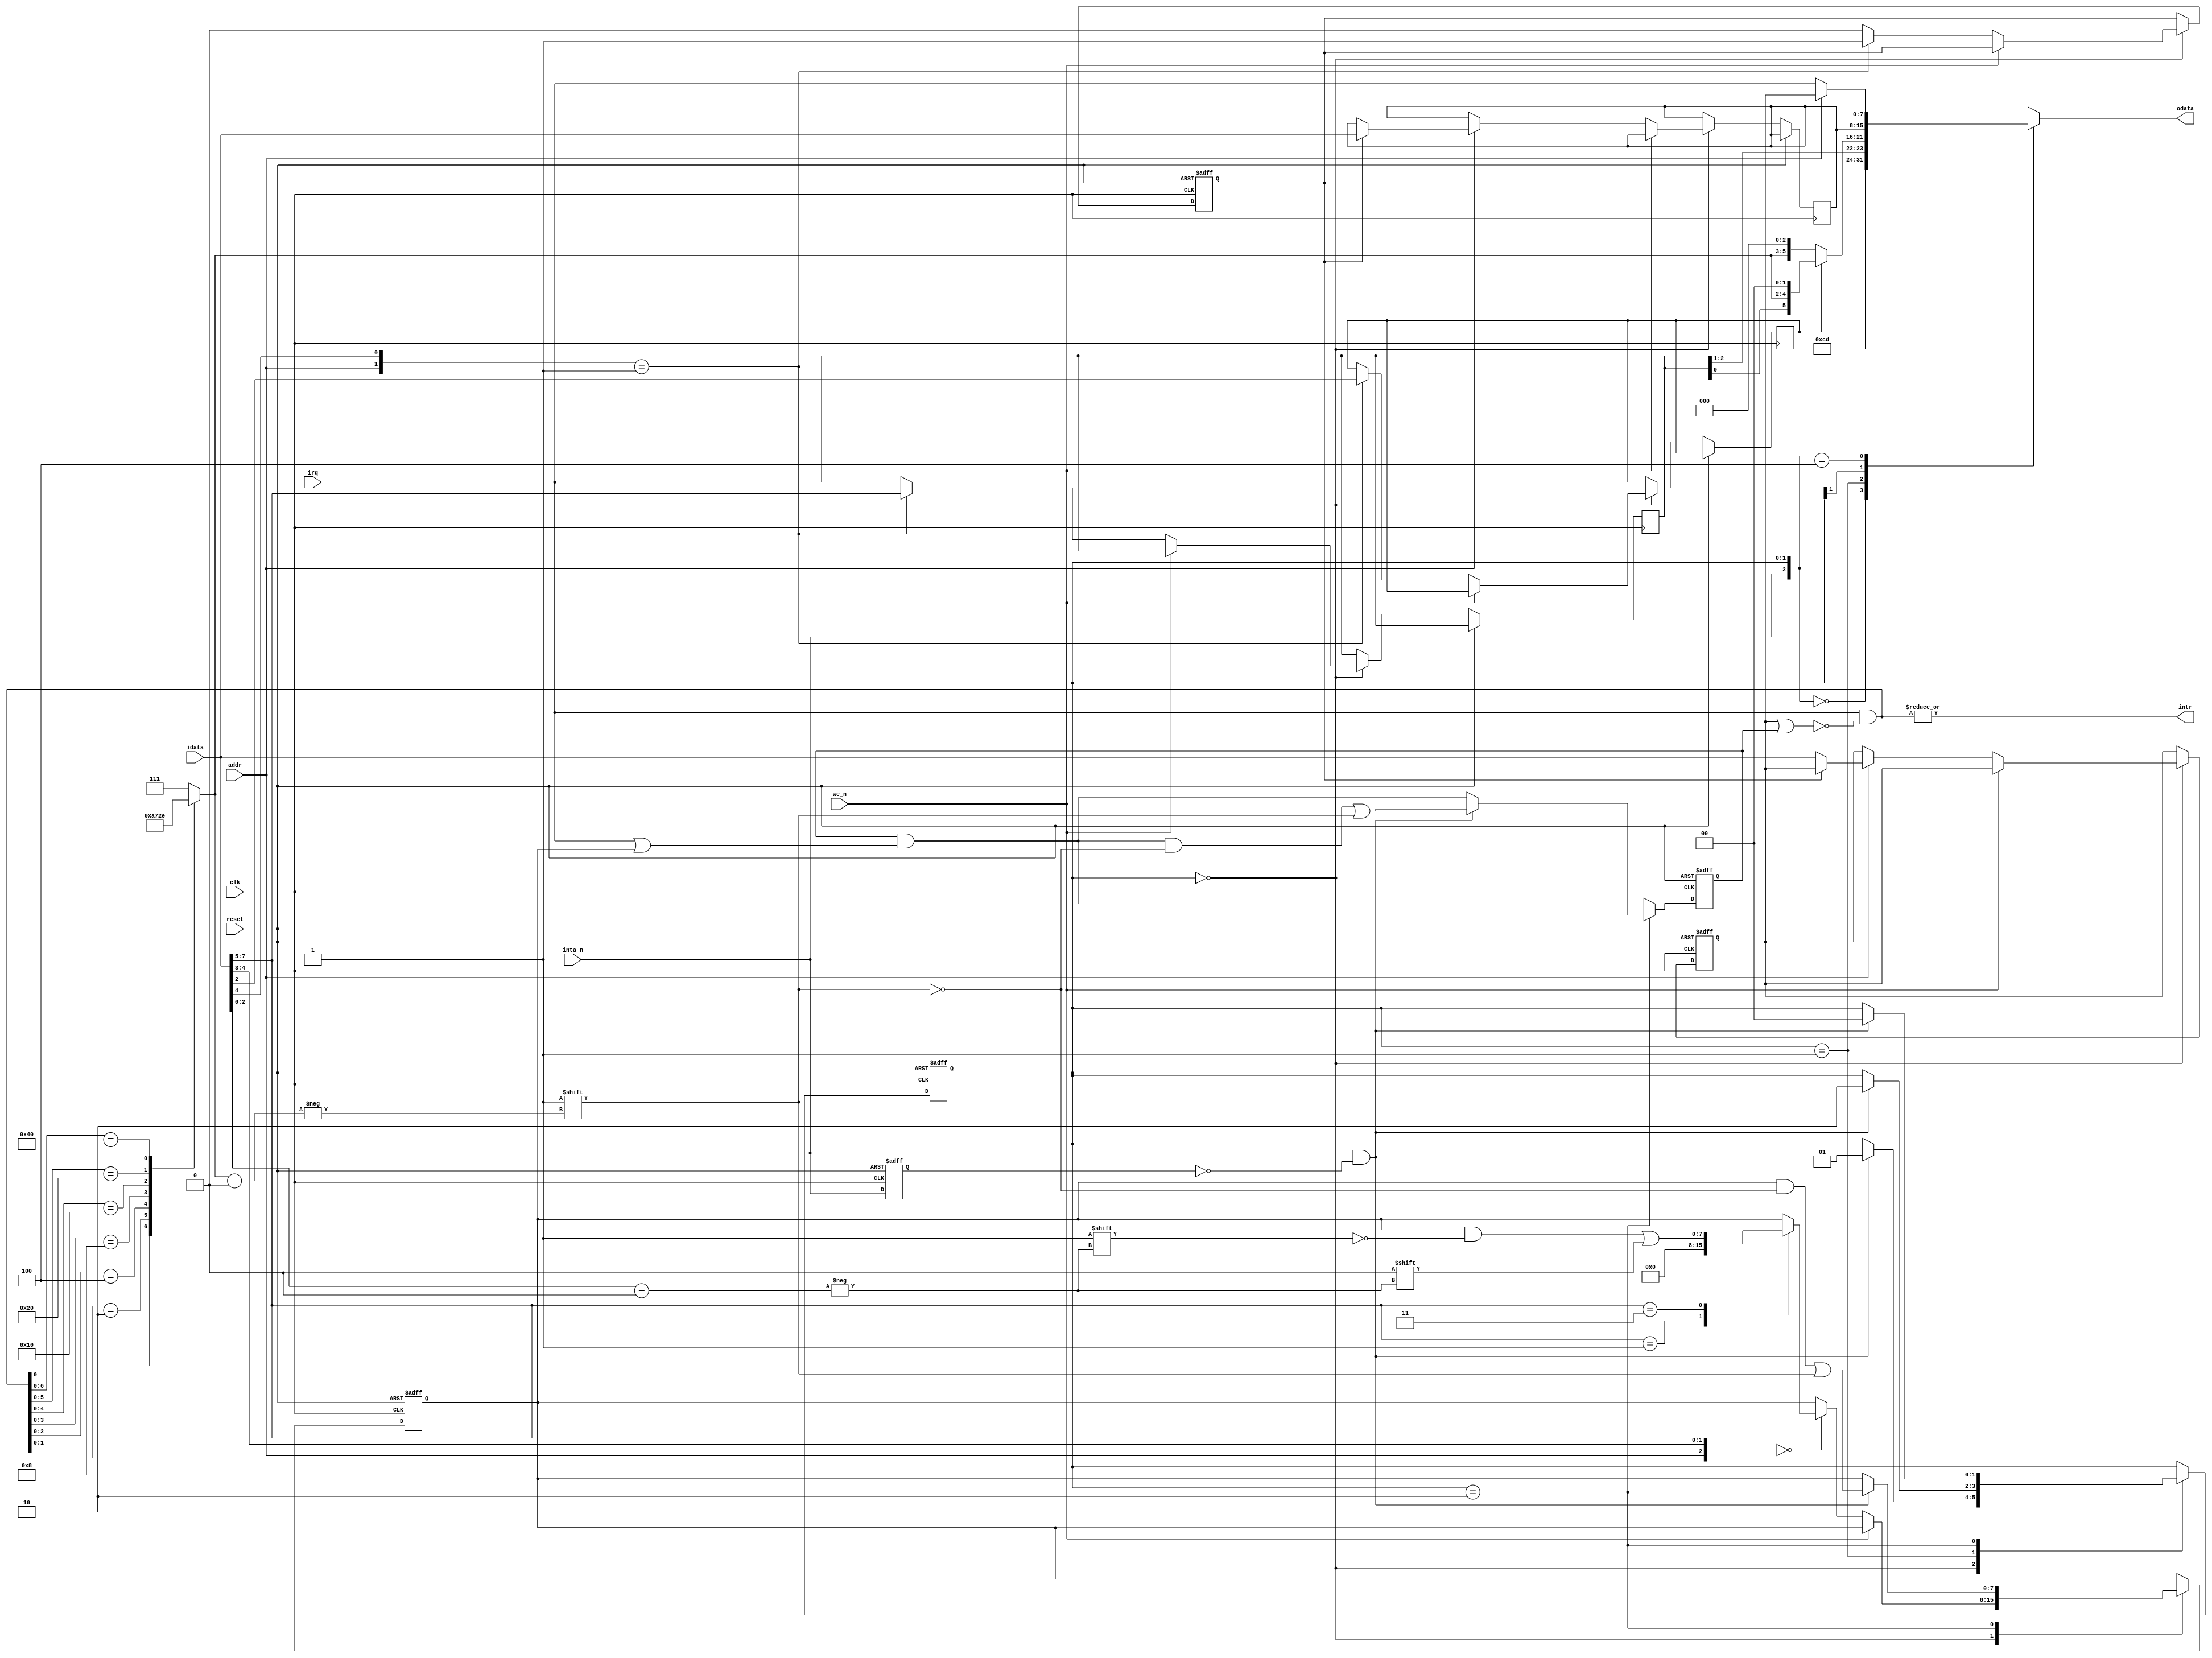
module k580wn59(
	input clk, input reset, input addr, input we_n,
	input[7:0] idata, output reg[7:0] odata,
	output intr, input inta_n, input[7:0] irq);

reg[1:0] state;
reg[7:0] irqmask;
reg[7:0] smask;
reg[7:0] serviced;
reg[2:0] addr0;
reg[7:0] addr1;
reg init;
reg addrfmt;
reg exinta_n;

wire[7:0] r = irq & ~(irqmask | smask);
assign intr = |r;

reg[2:0] x;
always @(*)
	casex (r)
	8'bxxxxxxx1: x = 3'b000;
	8'bxxxxxx10: x = 3'b001;
	8'bxxxxx100: x = 3'b010;
	8'bxxxx1000: x = 3'b011;
	8'bxxx10000: x = 3'b100;
	8'bxx100000: x = 3'b101;
	8'bx1000000: x = 3'b110;
	default:     x = 3'b111;
	endcase
	
always @(*)
	casex ({inta_n,state})
	3'b000: odata = 8'hCD;
	3'bx01: odata = addrfmt ? {addr0,x,2'b00} : {addr0[2:1],x,3'b000};
	3'bx1x: odata = addr1;
	3'b100: odata = addr ? irqmask : irq;
	endcase

always @(posedge clk or posedge reset) begin
	if (reset) begin
		state <= 0; init <= 0; irqmask <= 8'hFF; smask <= 8'hFF; serviced <= 0; exinta_n <= 1'b1;
	end else begin
		exinta_n <= inta_n;
		smask <= smask & (irq|serviced);
		case (state)
		2'b00: begin
			if (~we_n) begin
				init <= 0;
				casex ({addr,idata[4:3]})
				3'b000:
					case (idata[7:5])
					3'b001: serviced <= 0;
					3'b011: serviced[idata[2:0]] <= 0;
					endcase
				3'b01x: begin init <= 1'b1; addr0 <= idata[7:5]; addrfmt <= idata[2]; end
				3'b1xx: if (init) addr1 <= idata; else irqmask <= idata;
				endcase
			end
			if (inta_n&~exinta_n) state <= 2'b01;
		end
		2'b01: begin
			if (inta_n&~exinta_n) state <= 2'b10;
		end
		2'b10: begin
			if (inta_n&~exinta_n) begin
				state <= 2'b00;
				smask[x] <= 1'b1;
				serviced[x] <= 1'b1;
			end
		end
		endcase
	end
end

endmodule